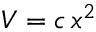
V = c \, x ^ { 2 }